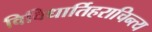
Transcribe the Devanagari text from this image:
विविधार्तिहराचिन्त्य